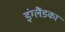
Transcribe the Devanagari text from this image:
इंग्लैंडका